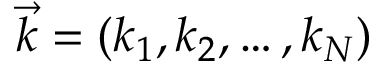
\vec { k } = ( k _ { 1 } , k _ { 2 } , \ldots , k _ { N } )